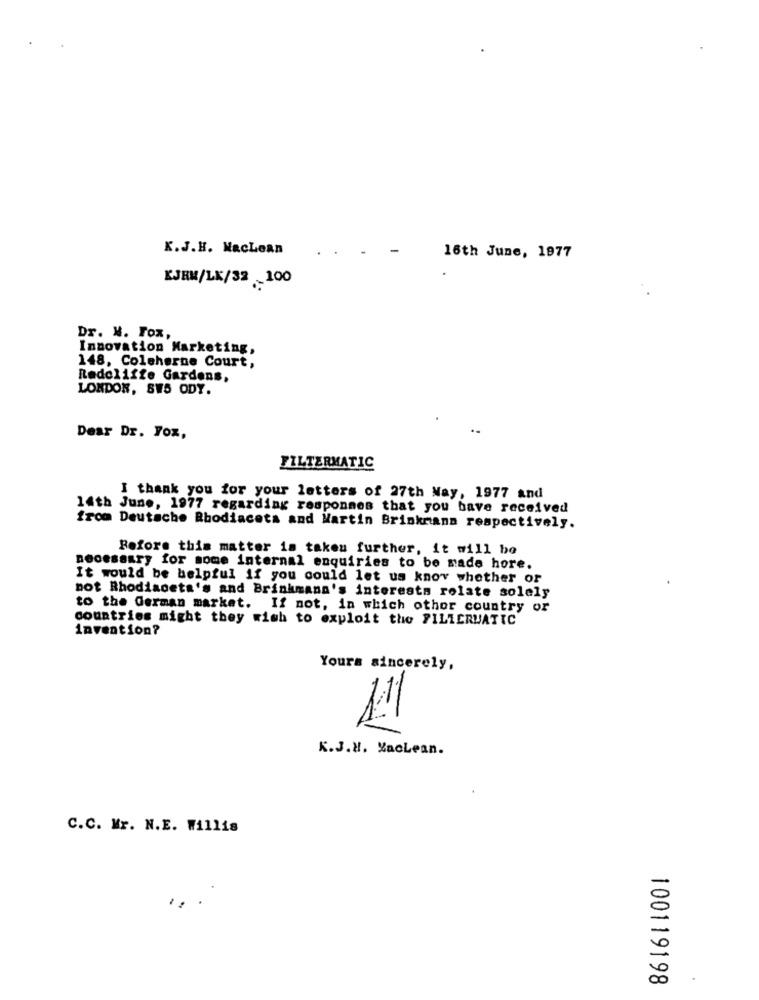
K.J.H. MacLean
.
-
16th June, 1977
KJEM/LK/32 100
Dr. M. Fox,
Innovation Marketing,
148, Coleherne Court,
Radcliffe Gardens,
LONDON, SW5 ODY.
Dear Dr. Fox,
FILTERMATIC
I thank you for your letters of 27th Nay, 1977 and
14th June, 1977 regarding responmes that you have received
from Deutsche Rhodiaceta and Martin Brinkmann respectively.
Before this matter is taken further, it will be
necessary for some internal enquiries to be made hore.
It would be helpful if you could let us know whether or
not Rhodiaceta's and Brinkmann's interests relate solely
to the German market. If not, in which other country or
countries might they wish to exploit the FILLERUATTC
invention?
Yours sincerely,
K.J.H. Maclean.
C.C. Mr. N.E. Willis
100119198